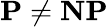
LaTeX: \textbf{P}\neq\textbf{NP}